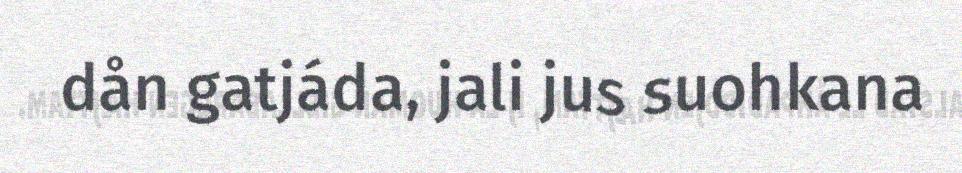
dån gatjáda, jali jus suohkana